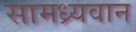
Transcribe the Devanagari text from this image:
सामध्र्यवान